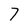
Character: 7